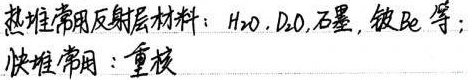
热堆常用反射层材料：\(H_{2}O\)，\(D_{2}O\)，石墨，铍\(Be\)等；快堆常用：重核